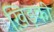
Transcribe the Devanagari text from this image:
ख़िड़की